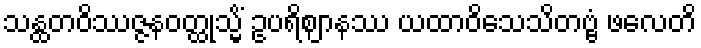
သန္ထတဝိဿဇ္ဇနဝတ္ထုသ္မိံ ဥပရိဈာနဿ ယထာဝိသေသိတဗ္ဗံ ဖလေတိ